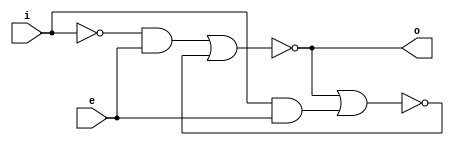
module register(input i, input e, output reg o);
    wire [2:0] w;
    assign w[0] = (!i)&e;
    assign w[1] = i&e;
    assign w[2] = !(o|w[1]);
    //assign o = !(w[0]|w[2]);
    always @(w[0]|w[2]) o = !(w[0]|w[2]);
    
endmodule